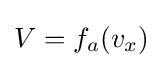
V={f_{a}}({v_{x}})